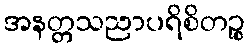
အနတ္တသညာပရိစိတဉ္စ